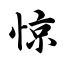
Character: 惊